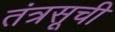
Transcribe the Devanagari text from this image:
तंत्रसूची